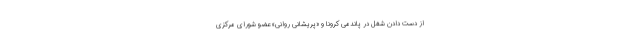
از دست دادن شغل در پاندمی کرونا و «پریشانی روانی» عضو شورای مرکزی